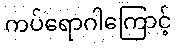
ကပ်ရောဂါကြောင့်